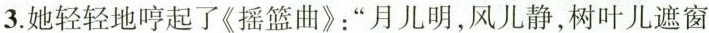
3.她轻轻地哼起了《摇篮曲》：”月儿明，风儿静，树叶儿遮窗